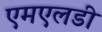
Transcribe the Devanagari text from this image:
एमएलडी